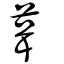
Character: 葺